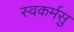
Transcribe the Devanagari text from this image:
स्वकर्मसु